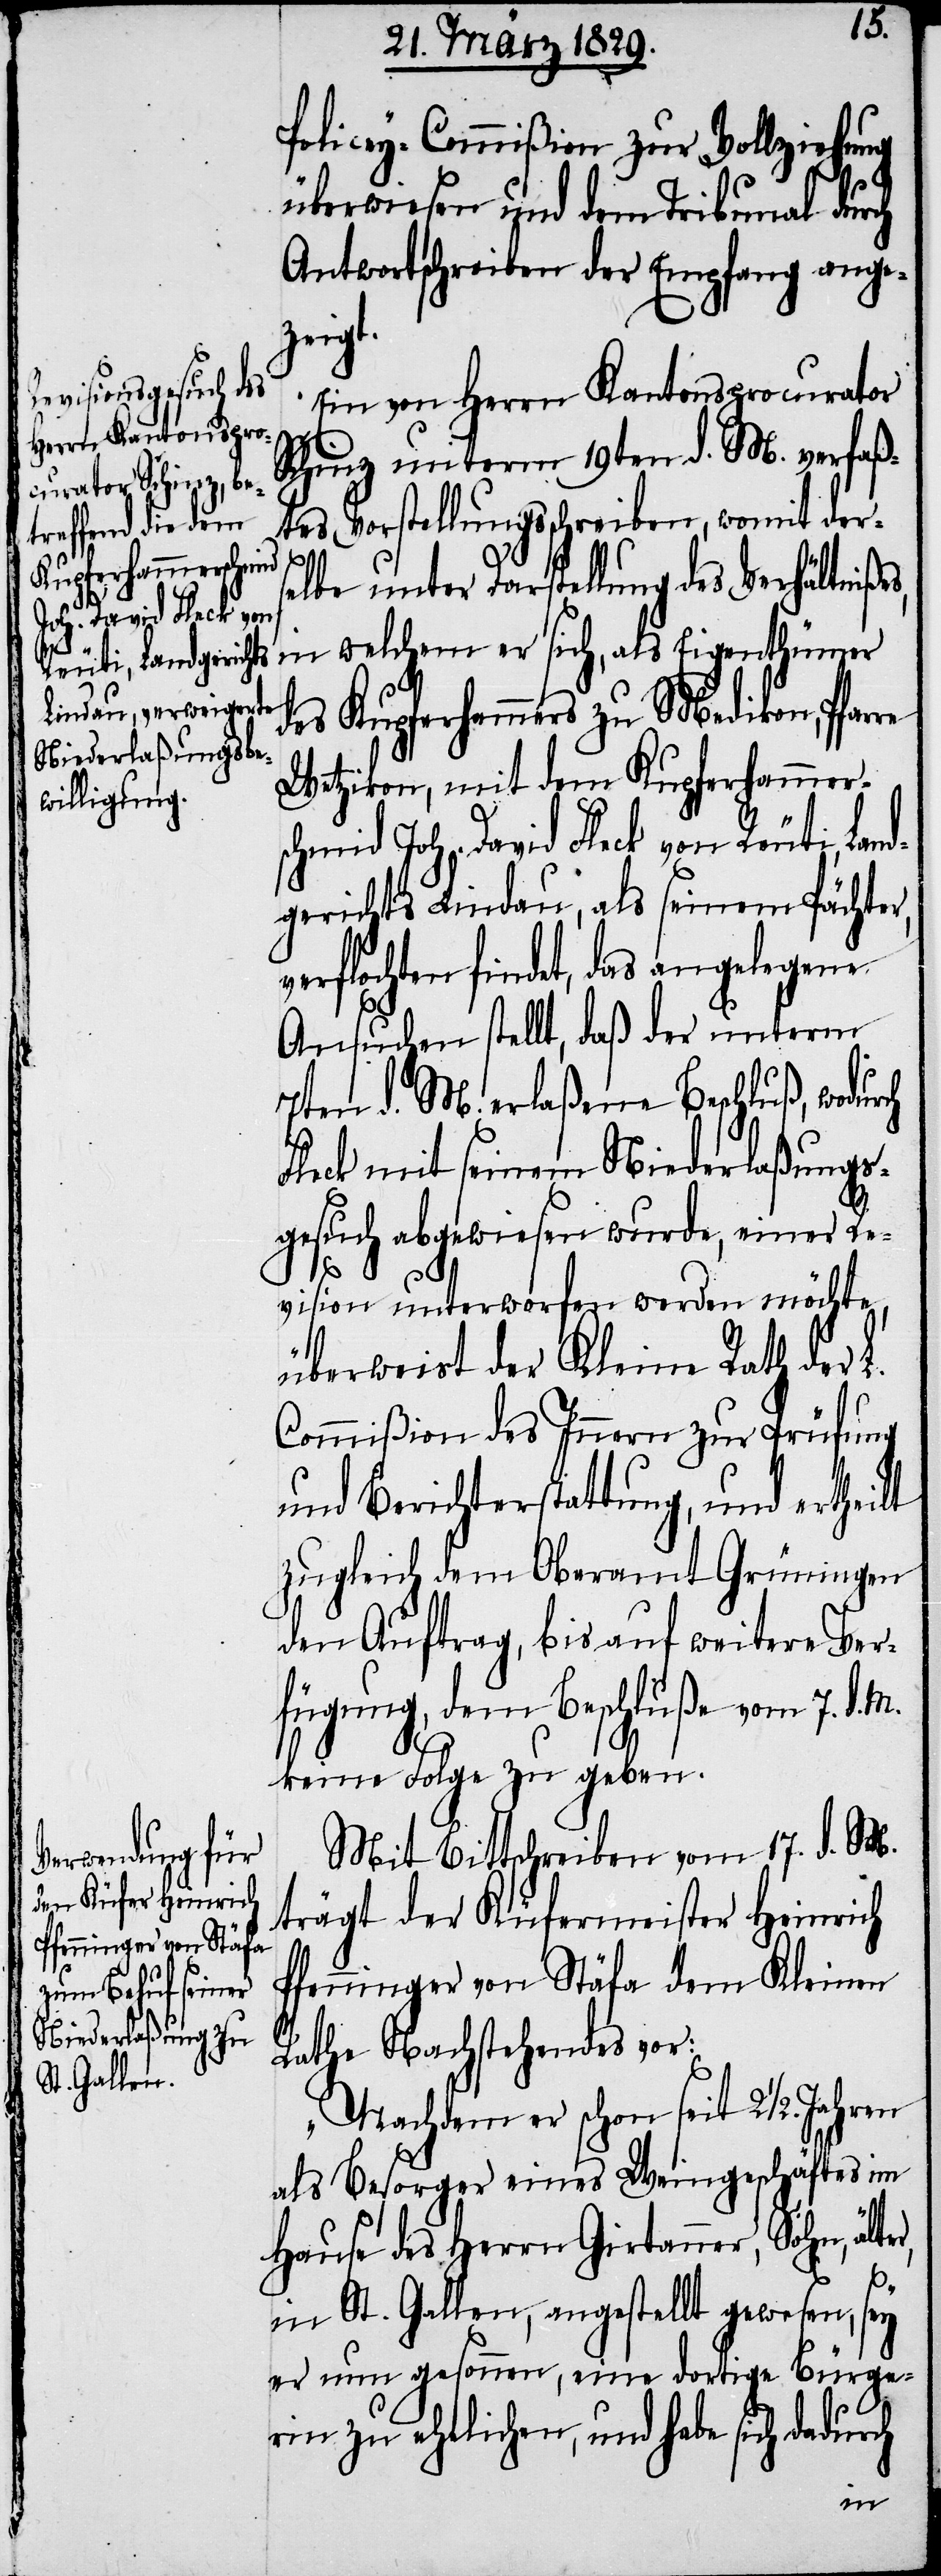
er,
Policey-Commißion zur Vollziehung
ch
überwiesen und dem Tribunal durch
Antwortschreiben der Empfang ange¬
zeigt.
Ein von Herrn Kantonsprocurator
Schinz unterm 19ten d. M. verfaß¬
tes Vorstellungsschreiben, womit ders¬
elbe unter Darstellung des Verhältniße¬
in welchem er sich, als Eigenthümer
des Kupferhammers zu Medikon,
Wetzikon, mit dem Kupferhammer¬
schmid Joh. David Fleck von Reuti, Lan¬
dgerichts Lindau, als seinem Pächter,
verflochten findet, das angelegene
Ansuchen stellt, daß der unterm
7ten d. M. erlaßene Beschluß, wodur¬
Fleck mit seinem Niederlaßungs¬
gesuch abgewiesen wurde, einer Re¬
vision unterworfen werden möchte,
überweist der Kleine Rath der L.
Commißion des Innern zur Prüfung
und Berichterstattung, und ertheilt
zugleich dem Oberamt Grüningen
den Auftrag, bis auf weitere Ver¬
fügung, dem Beschluße vom 7. d. M.
keine Folge zu geben.
Mit Bittschreiben vom 17. d. M.
trägt der Küfermeister Heinrich
Pfenninger von Stäfa dem Kleinen
Rathe Nachstehendes vor:
„Nachdem er schon seit 2½. Jahren
als Besorger eines Weingeschäftes im
Hause des Herrn Gitanner, Sohn, ält¬
in St. Gallen, angestellt gewesen, sey
er nun gesonnen, eine dortige Bürge¬
rin zu eheliche, und habe sich dadurch